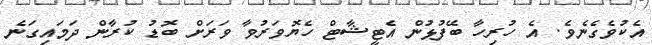
އެކުވެގެނެވެ. އެ ހުރިހާ ބޭފުޅުން އެޓީޝާޓް ހެޔޮވަރުވާ ވަރަށް ބޮޑު ކުރާން ދަމައިގަނެ